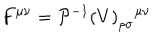
LaTeX: F ^ { \mu \nu } = { { \cal P } ^ { - 1 } ( V ) } _ { \rho \sigma } { } ^ { \mu \nu }